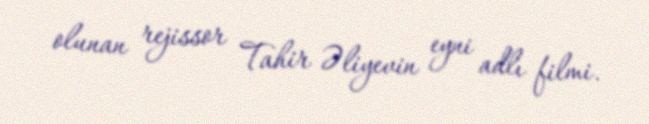
olunan rejissor Tahir Əliyevin eyni adlı filmi.